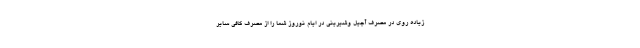
زیاده روی در مصرف آجیل وشیرینی در ایام نوروز شما را از مصرف کافی سایر